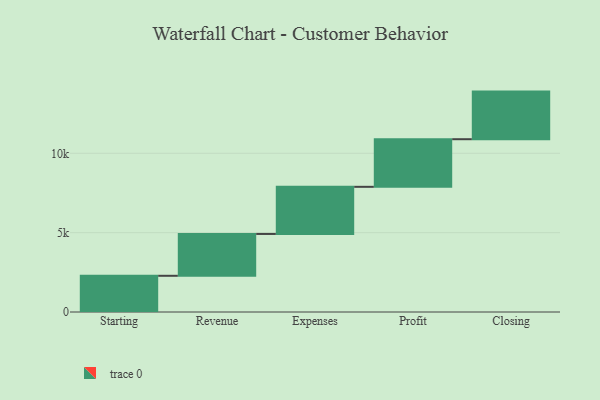
{"axis": {"x": "Step", "y": "Value"}, "legend": [""], "data": [{"x": "Starting", "y": 2282.0, "type": ""}, {"x": "Revenue", "y": 2636.0, "type": ""}, {"x": "Expenses", "y": 2970.0, "type": ""}, {"x": "Profit", "y": 3000, "type": ""}, {"x": "Closing", "y": 3000, "type": ""}]}